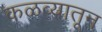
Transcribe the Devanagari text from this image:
कळव्यातून